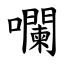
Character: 㘓